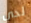
لدي